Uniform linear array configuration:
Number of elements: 12
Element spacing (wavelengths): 0.5
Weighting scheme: hamming
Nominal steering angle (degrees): -30
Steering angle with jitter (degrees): -31.958
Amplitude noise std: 0.05
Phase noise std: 0.05

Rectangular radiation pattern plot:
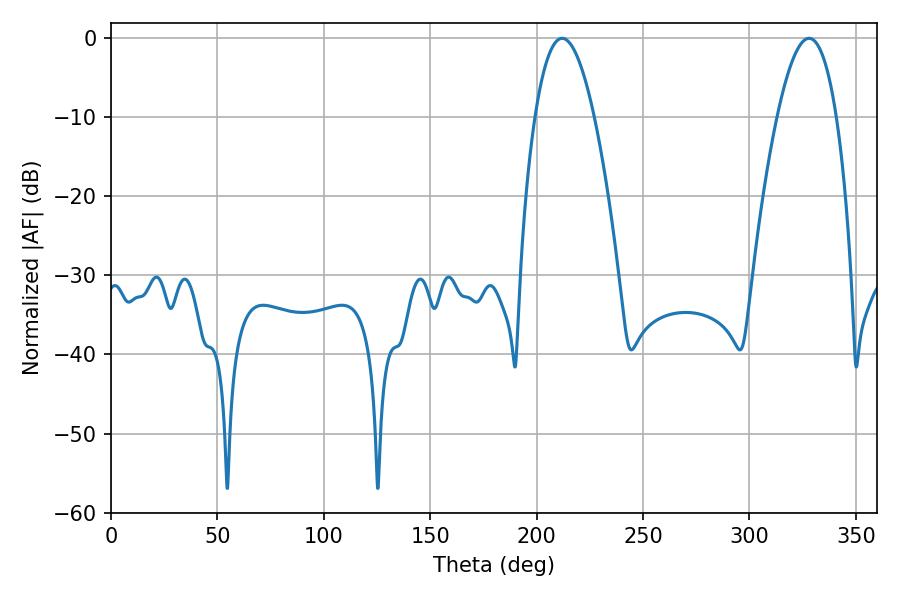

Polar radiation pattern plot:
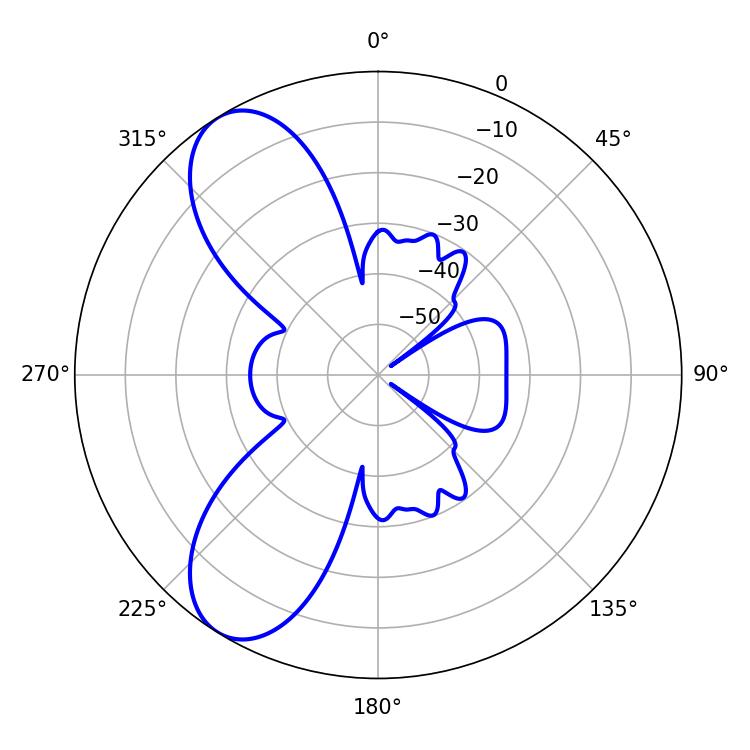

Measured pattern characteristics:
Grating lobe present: FALSE
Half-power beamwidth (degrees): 15.3
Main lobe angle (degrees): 212.04